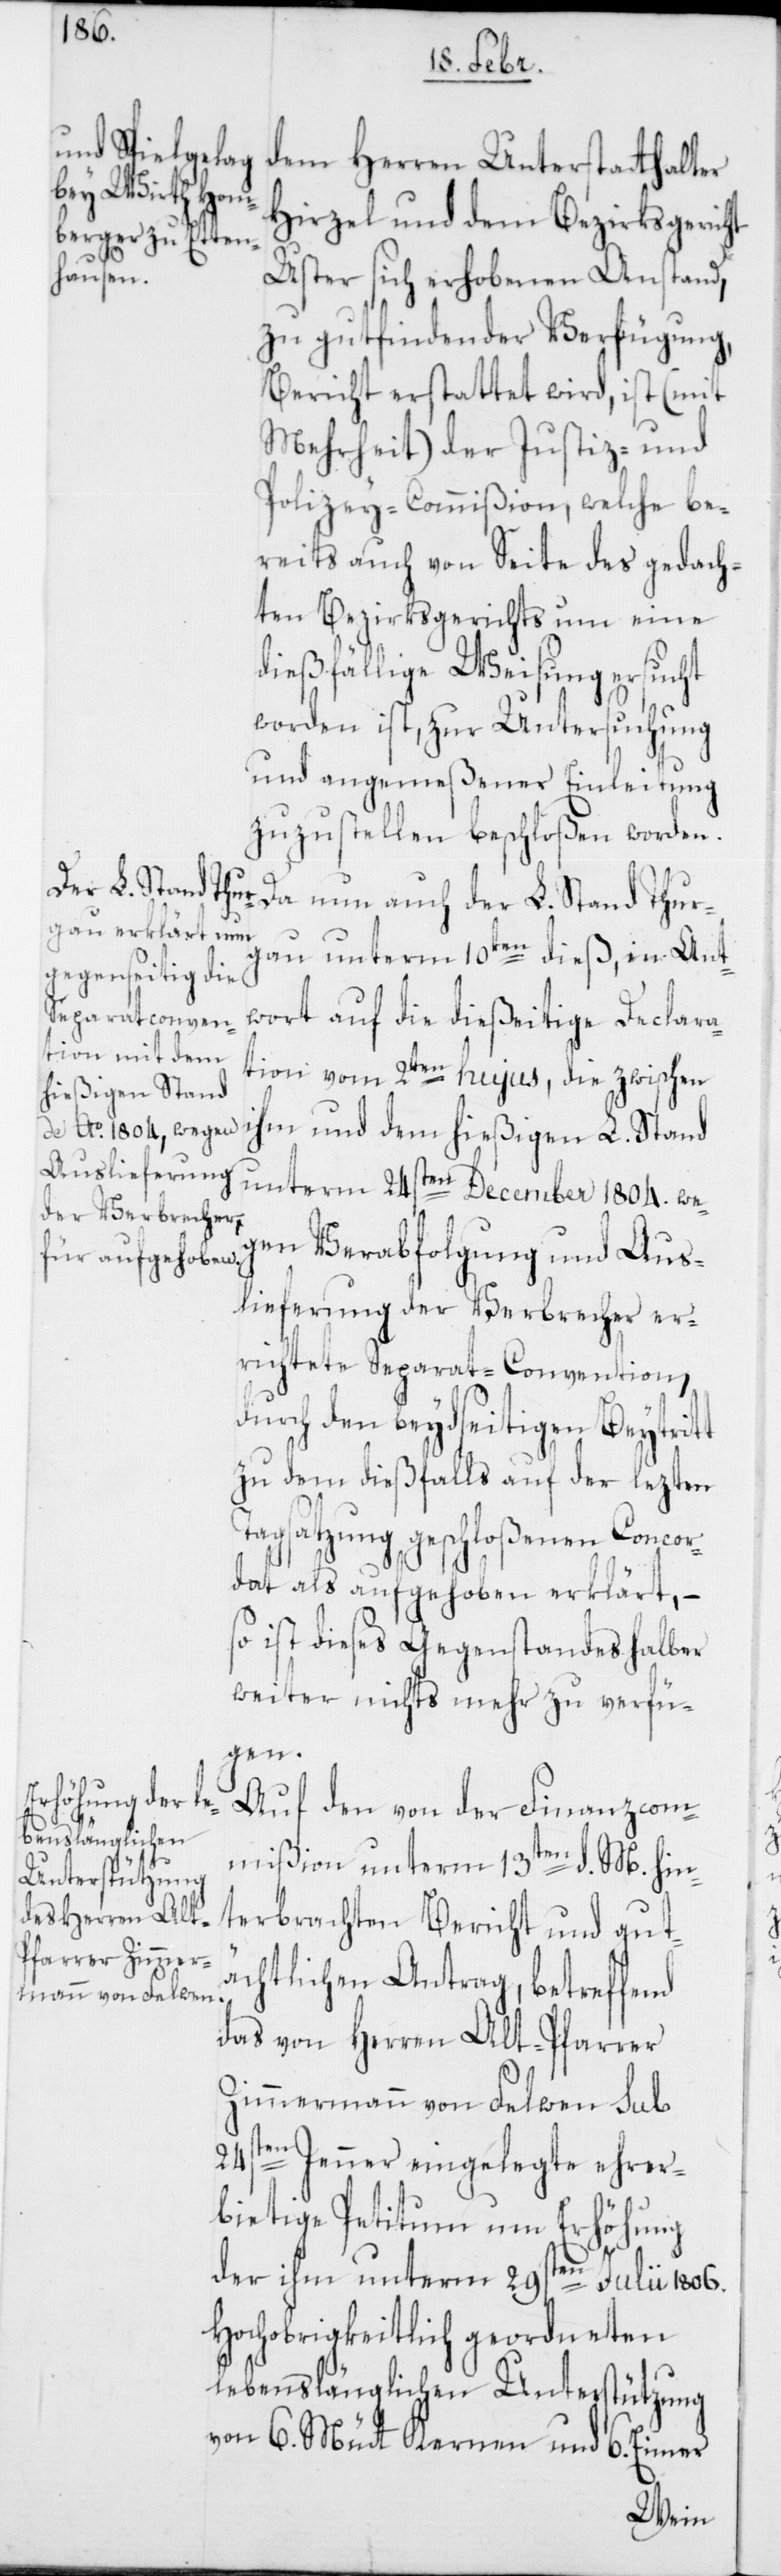
dem Herren Unterstatthalter
Hirzel und dem Bezirksgericht
Uster sich erhobenen Anstand,
zu gutfindender Verfügung,
Bericht erstattet wird, ist (mit
Mehrheit) der Justiz- und
Polizey-Commißion, welche be¬
reits auch von Seite des gedach¬
ten Bezirksgerichts um eine
dießfällige Weisung ersucht
worden ist, zur Untersuchung
und angemeßener Einleitung
zuzustellen beschloßen worden.
Da nun auch der L. Stand Thur¬
gau unterm 10ten dieß, in Ant¬
wort auf die dießeitige Declara¬
tion vom 2ten hujus, die zwischen
ihm und dem hießigen L. Stand
unterm 24sten December 1804. we¬
gen Verabfolgung und Aus¬
lieferung der Verbrecher er¬
richtete Separat-Convention,
durch den beidseitigen Beytritt
zu dem dießfalls auf der lezten
Tagsatzung geschloßenen Concor¬
dat als aufgehoben erklärt, –
so ist dieses Gegenstandes halber
weiter nichts mehr zu verfü¬
gen.
Auf den von der Finanzcom¬
mißion unterm 13ten d. M. hin¬
terbrachten Bericht und gut¬
ächtlichen Antrag, betreffend
das von Herren Alt-Pfarrer
Zimmermann von Felben sub
24sten Jenner eingelegte ehrer¬
bietige Petitum um Erhöhung
der ihm unterm 29sten Julii 1806.
hochobrigkeitlich geordneten
lebenslänglichen Unterstützung
von 6. Mütt Kernen und 6. Eimer